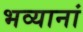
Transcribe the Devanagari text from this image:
भव्यानां